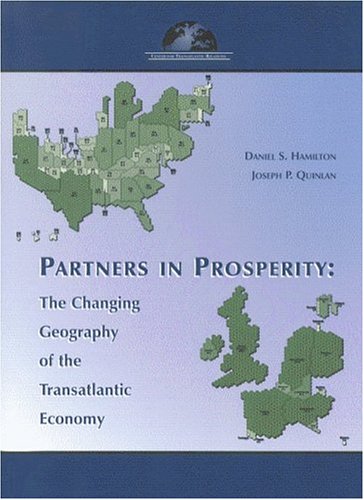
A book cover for Partners in Prosperity: The Changing Geography of the Transatlantic Economy; Daniel S. Hamilton; Business & Money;